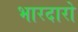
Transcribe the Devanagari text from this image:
भारदारो